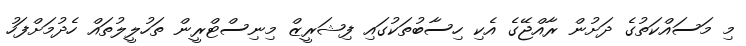
މި މަސައްކަތުގެ ދަށުން ރާއްޖޭގެ އެކި ހިސާބުތަކުގައި ފިޝަރީޒް މިނިސްޓްރީން ތަހުލީލުތައް ހެދުމަށްފަހު